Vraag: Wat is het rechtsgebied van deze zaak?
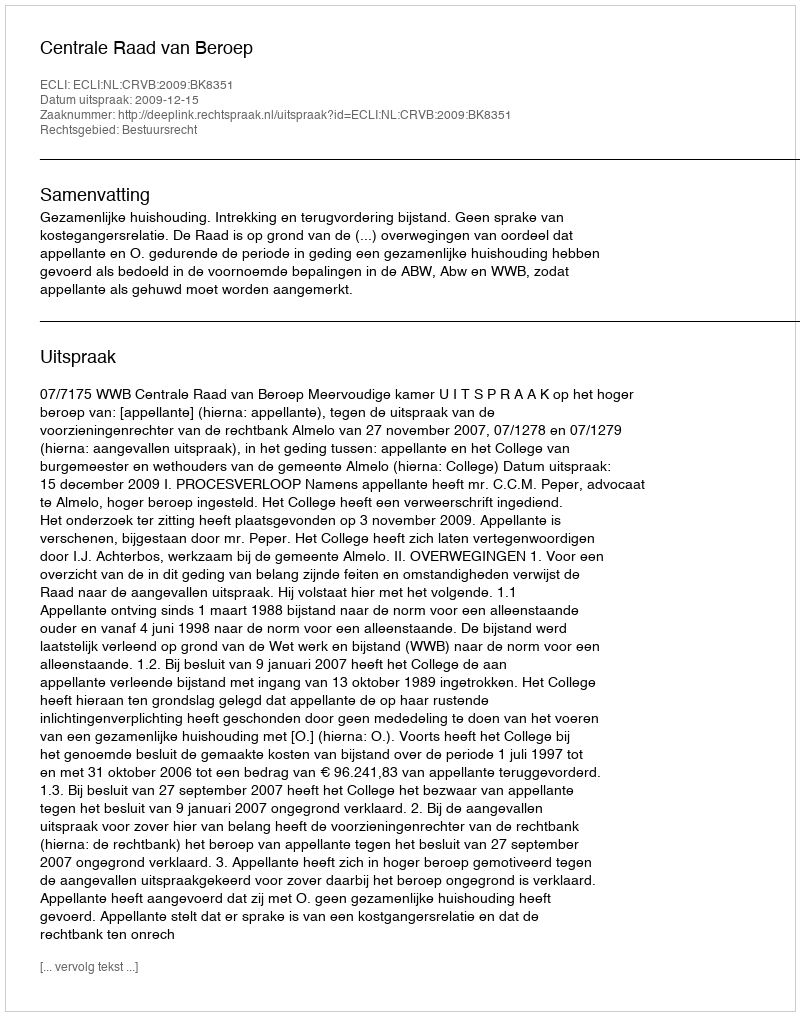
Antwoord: Bestuursrecht